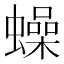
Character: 𧒮